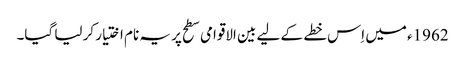
1962ء میں اِس خطے کے لیے بین الاقوامی سطح پر یہ نام اختیار کر لیا گیا۔